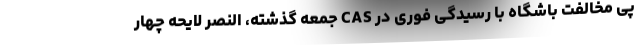
پی مخالفت باشگاه با رسیدگی فوری در CAS جمعه گذشته، النصر لایحه چهار